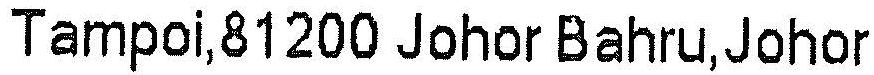
TAMPOI,81200 JOHOR BAHRU,JOHOR